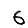
Digit: 6